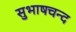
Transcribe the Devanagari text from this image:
सुभाषचन्द